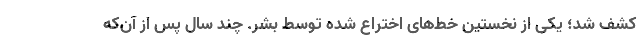
کشف شد؛ یکی از نخستین خط‌های اختراع شده توسط بشر. چند سال پس از آن‌که